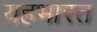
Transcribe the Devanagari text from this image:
यहभारत